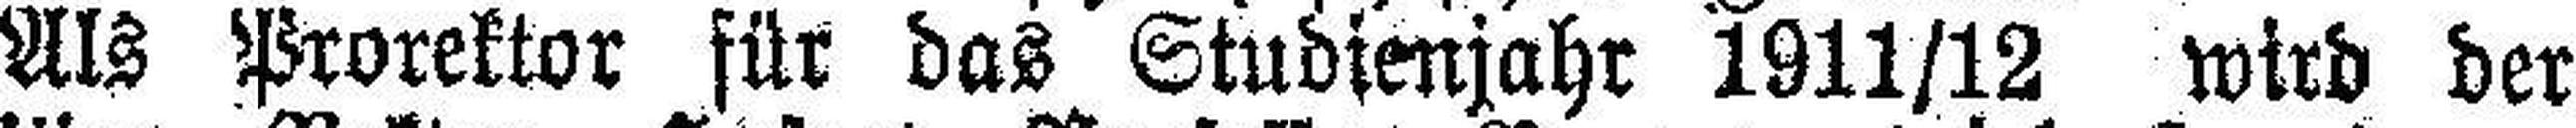
Als Prorektor für das Studienjahr 1911/12 wird der